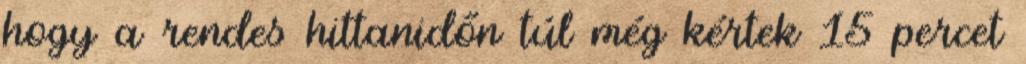
hogy a rendes hittanidőn túl még kértek 15 percet